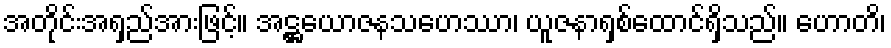
အတိုင်းအရှည်အားဖြင့်။ အဋ္ဌယောဇနသဟေဿာ၊ ယူဇနာရှစ်ထောင်ရှိသည်။ ဟောတိ၊